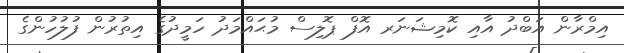
އިމްރާން އަބްދު އާއި ކޮމިޝަނަރ އޮފް ޕޮލިސް މުޙައްމަދު ހަމީދުގެ އިތުރުން ފުލުހުންގެ